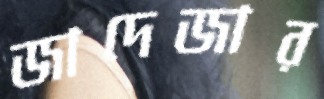
জাদেজার